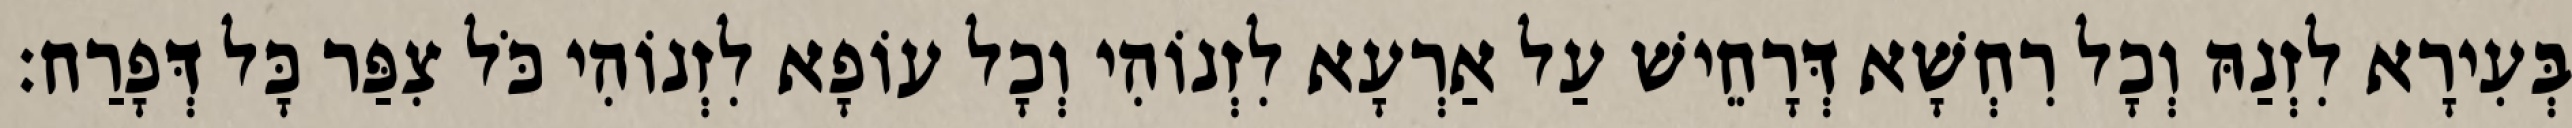
בְּעִירָא לִזְנַהּ וְכָל רִחְשָׁא דְּרָחֵישׁ עַל אַרְעָא לִזְנוֹהִי וְכָל עוֹפָא לִזְנוֹהִי כֹּל צִפַּר כָּל דְּפָרַח׃